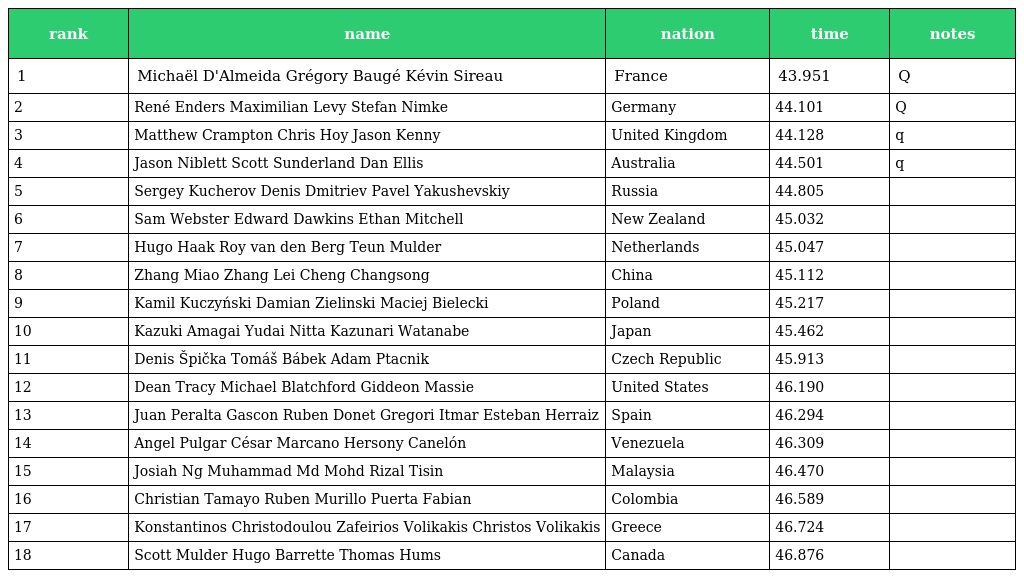
| rank | name | nation | time | notes |
 | --- | --- | --- | --- | --- |
 | 1 | Michaël D'Almeida Grégory Baugé Kévin Sireau | France | 43.951 | Q |
 | 2 | René Enders Maximilian Levy Stefan Nimke | Germany | 44.101 | Q |
 | 3 | Matthew Crampton Chris Hoy Jason Kenny | United Kingdom | 44.128 | q |
 | 4 | Jason Niblett Scott Sunderland Dan Ellis | Australia | 44.501 | q |
 | 5 | Sergey Kucherov Denis Dmitriev Pavel Yakushevskiy | Russia | 44.805 |  |
 | 6 | Sam Webster Edward Dawkins Ethan Mitchell | New Zealand | 45.032 |  |
 | 7 | Hugo Haak Roy van den Berg Teun Mulder | Netherlands | 45.047 |  |
 | 8 | Zhang Miao Zhang Lei Cheng Changsong | China | 45.112 |  |
 | 9 | Kamil Kuczyński Damian Zielinski Maciej Bielecki | Poland | 45.217 |  |
 | 10 | Kazuki Amagai Yudai Nitta Kazunari Watanabe | Japan | 45.462 |  |
 | 11 | Denis Špička Tomáš Bábek Adam Ptacnik | Czech Republic | 45.913 |  |
 | 12 | Dean Tracy Michael Blatchford Giddeon Massie | United States | 46.190 |  |
 | 13 | Juan Peralta Gascon Ruben Donet Gregori Itmar Esteban Herraiz | Spain | 46.294 |  |
 | 14 | Angel Pulgar César Marcano Hersony Canelón | Venezuela | 46.309 |  |
 | 15 | Josiah Ng Muhammad Md Mohd Rizal Tisin | Malaysia | 46.470 |  |
 | 16 | Christian Tamayo Ruben Murillo Puerta Fabian | Colombia | 46.589 |  |
 | 17 | Konstantinos Christodoulou Zafeirios Volikakis Christos Volikakis | Greece | 46.724 |  |
 | 18 | Scott Mulder Hugo Barrette Thomas Hums | Canada | 46.876 |  |